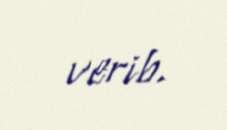
verib.